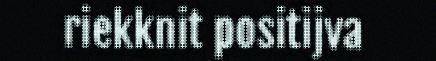
riekknit positijva